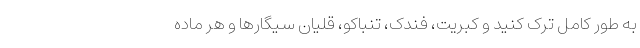
به طور کامل ترک کنید و کبریت، فندک، تنباکو، قلیان سیگارها و هر ماده